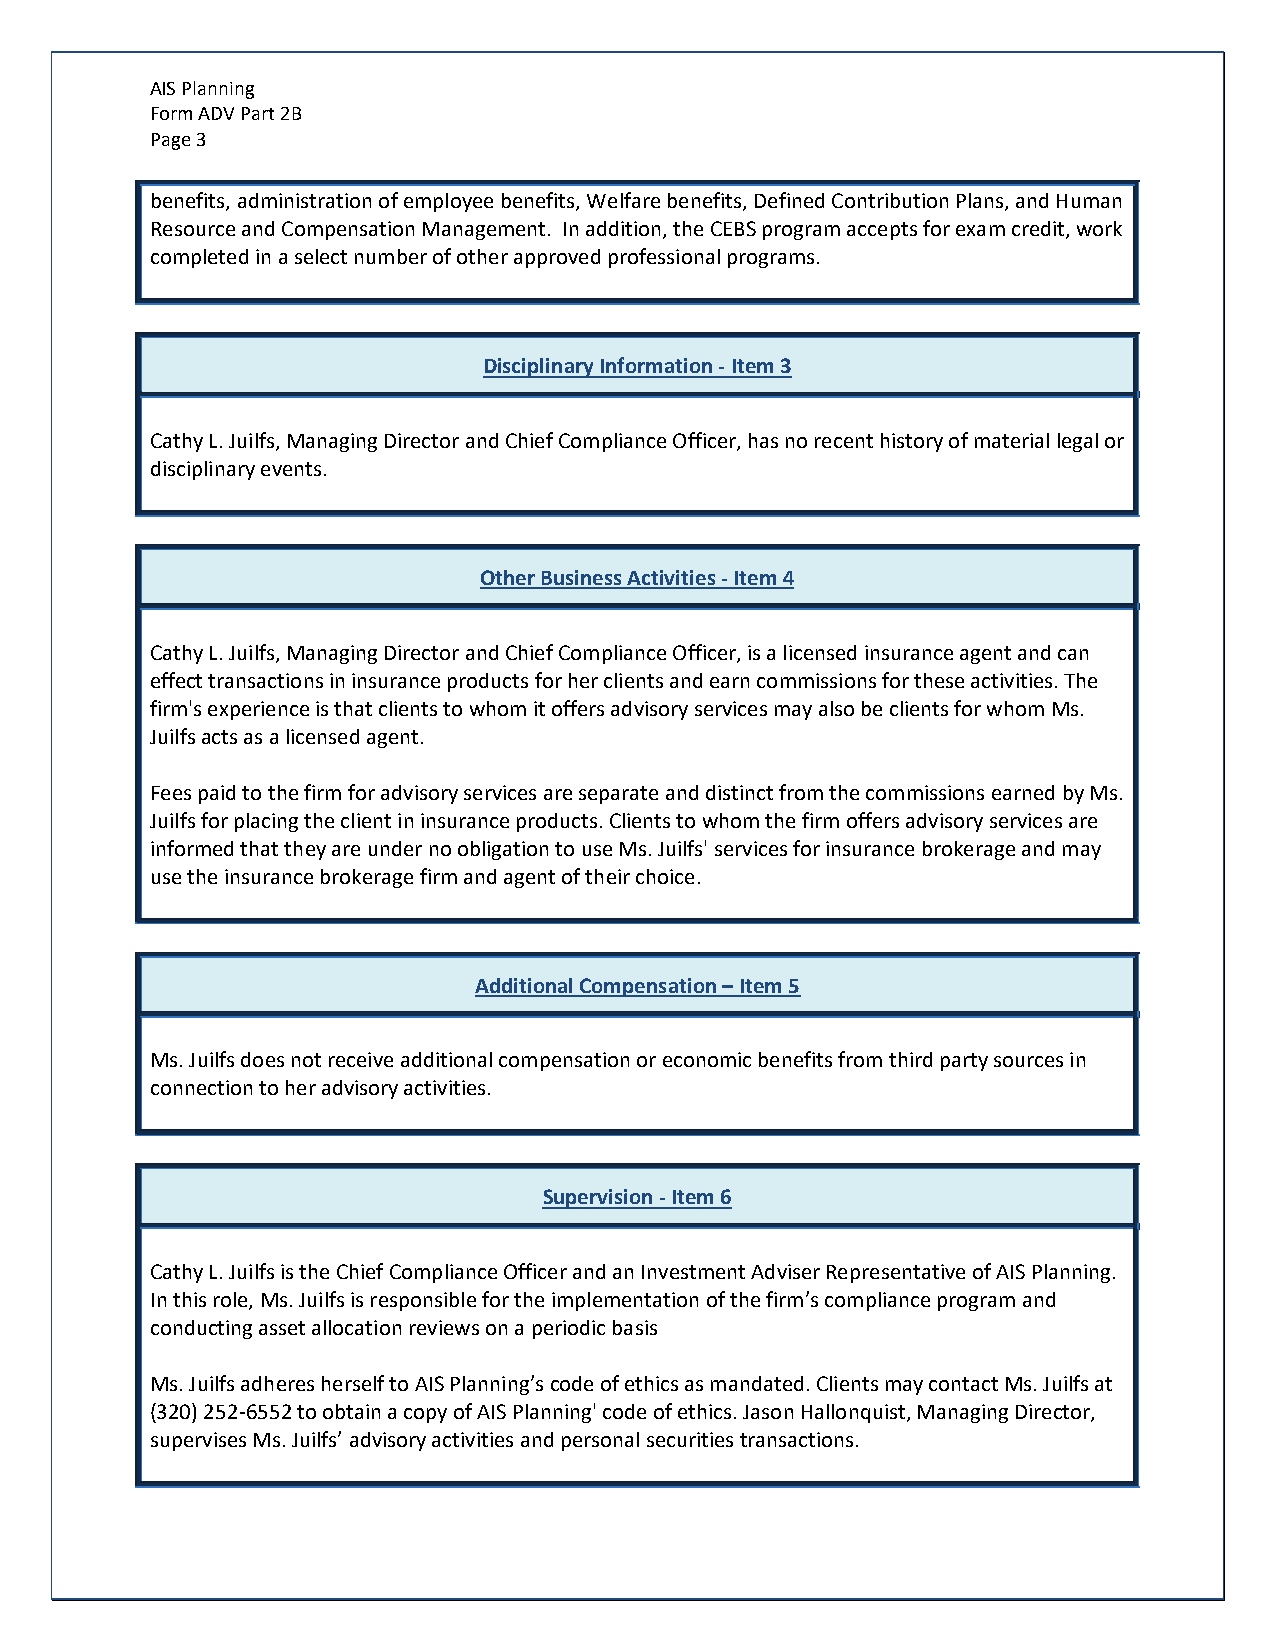
AIS Planning
 Form ADV Part 2B
 Page 3
 benefits, administration of employee benefits, Welfare benefits, Defined Contribution Plans, and Human
 Resource and Compensation Management. In addition, the CEBS program accepts for exam credit, work
 completed in a select number of other approved professional programs.
 Disciplinary Information - Item 3
 Cathy L. Juilfs, Managing Director and Chief Compliance Officer, has no recent history of material legal or
 disciplinary events.
 Other Business Activities - Item 4
 Cathy L. Juilfs, Managing Director and Chief Compliance Officer, is a licensed insurance agent and can
 effect transactions in insurance products for her clients and earn commissions for these activities. The
 firm's experience is that clients to whom it offers advisory services may also be clients for whom Ms.
 Juilfs acts as a licensed agent.
 Fees paid to the firm for advisory services are separate and distinct from the commissions earned by Ms.
 Juilfs for placing the client in insurance products. Clients to whom the firm offers advisory services are
 informed that they are under no obligation to use Ms. Juilfs' services for insurance brokerage and may
 use the insurance brokerage firm and agent of their choice.
 Additional Compensation – Item 5
 Ms. Juilfs does not receive additional compensation or economic benefits from third party sources in
 connection to her advisory activities.
 Supervision - Item 6
 Cathy L. Juilfs is the Chief Compliance Officer and an Investment Adviser Representative of AIS Planning.
 In this role, Ms. Juilfs is responsible for the implementation of the firm’s compliance program and
 conducting asset allocation reviews on a periodic basis
 Ms. Juilfs adheres herself to AIS Planning’s code of ethics as mandated. Clients may contact Ms. Juilfs at
 (320) 252-6552 to obtain a copy of AIS Planning' code of ethics. Jason Hallonquist, Managing Director,
 supervises Ms. Juilfs’ advisory activities and personal securities transactions.